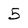
Character: 5